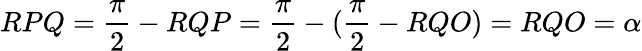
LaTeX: RPQ={\frac{\pi}{2}}-RQP={\frac{\pi}{2}}-({\frac{\pi}{2}}-RQO)=RQO=\alpha